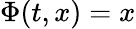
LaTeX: \Phi(t,x)=x